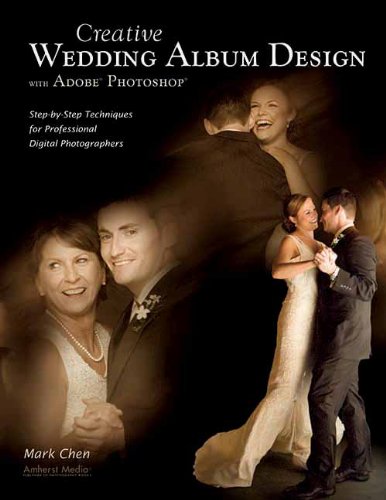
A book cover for Creative Wedding Album Design with Adobe Photoshop: Step-By-Step Techniques for Professional Digital Photographers; Mark Chen; Crafts, Hobbies & Home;